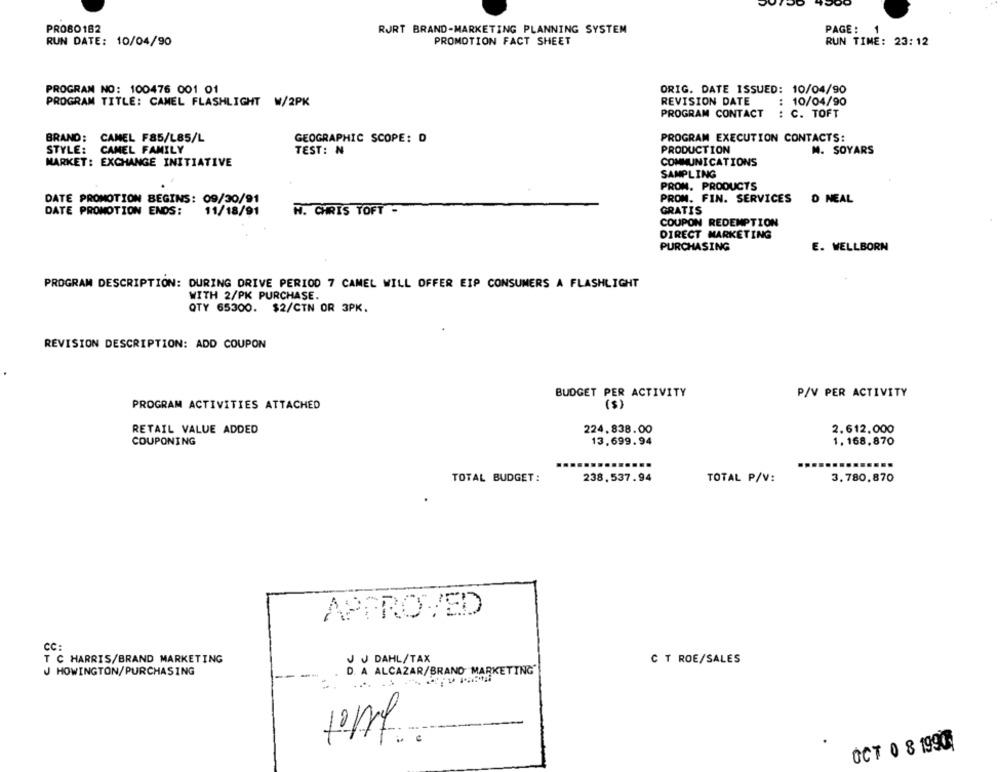
PRO80182
RURT BRAND-MARKETING PLANNING SYSTEM
PAGE :
1
RUN DATE: 10/04/90
PROMOTION FACT SHEET
RUN TIME: 23:12
PROGRAM NO: 100476 001 01
ORIG. DATE ISSUED: 10/04/90
REVISION DATE
PROGRAM TITLE: CAMEL FLASHLIGHT W/2PK
: 10/04/90
PROGRAM CONTACT
: C. TOFT
BRAND: CAMEL F85/L85/L
GEOGRAPHIC SCOPE: D
PROGRAM EXECUTION CONTACTS:
STYLE: CAMEL FAMILY
TEST: N
PRODUCTION
M. SOYARS
MARKET: EXCHANGE INITIATIVE
COMMUNICATIONS
SAMPLING
PRON. PRODUCTS
DATE PROMOTION BEGINS: 09/30/91
PROM. FIN. SERVICES
D NEAL
DATE PROMOTION ENDS:
11/18/91
W. CHRIS TOFT -
GRATIS
COUPON REDEMPTION
DIRECT MARKETING
PURCHASING
E. WELLBORN
PROGRAM DESCRIPTION: DURING DRIVE PERIOD 7 CAMEL WILL OFFER EIP CONSUMERS A FLASHLIGHT
WITH 2/PK PURCHASE.
QTY 65300. $2/CTN OR 3PK.
REVISION DESCRIPTION: ADD COUPON
BUDGET PER ACTIVITY
P/V PER ACTIVITY
PROGRAM ACTIVITIES ATTACHED
RETAIL VALUE ADDED
224.838.00
2.612.000
COUPONING
1. 168,870
13,699.94
TOTAL BUDGET:
238.537.94
TOTAL P/V:
3.780,870
APPROVED
CC:
T C HARRIS/BRAND MARKETING
JU DAHL/TAX
C T ROE/SALES
J HOWINGTON/PURCHASING
D. A ALCAZAR/BRAND MARKETING
OCT 0 8 1990